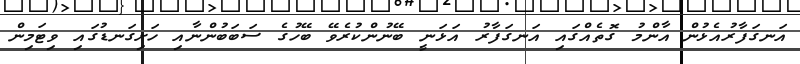
އަނގަފާރުއެޅުން އާންމު ގޮތެއްގައި އަނގަފާރު އަޅަނީ ބޭނުންކުރެވޭ ބޭހުގެ ސަބަބުންނާއި ހަށިގަނޑުގައި ވިޓަމިން